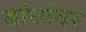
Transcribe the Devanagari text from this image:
बांधांवर